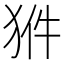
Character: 𤞗